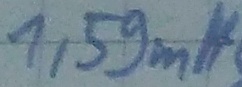
Text: 1,59mH